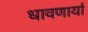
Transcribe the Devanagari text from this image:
धावणार्या